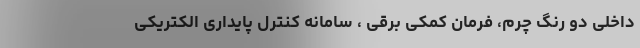
داخلی دو رنگ چرم، فرمان کمکی برقی ، سامانه کنترل پایداری الکتریکی